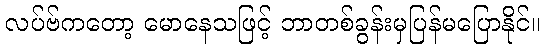
လပ်ဗ်ကတော့ မောနေသဖြင့် ဘာတစ်ခွန်းမှပြန်မပြောနိုင်။